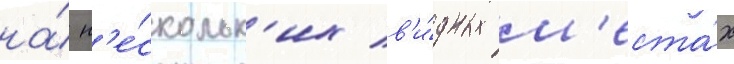
на́ н'е́скольк'их в'и́дных м'еста́х